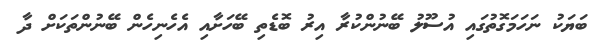
ބަޔަކު ނަހަމަގޮތުގައި އުސޫލު ބޭނުންކުރާ އިރު ބޮޑެތި ބޭހަށާއި އެހެނިހެން ބޭނުންތަކަށް ދާ